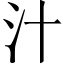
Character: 汁